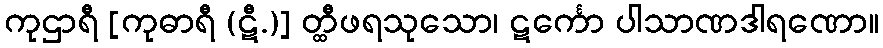
ကုဌာရီ [ကုဓာရီ (ဋီ.)] တ္ထီဖရသုသော၊ ဋင်္ကော ပါသာဏဒါရဏော။